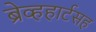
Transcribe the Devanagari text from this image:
ब्रेव्हहार्टसह